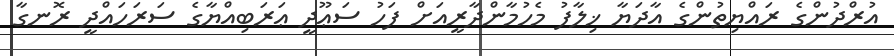
އުރްދުންގެ ރައްޔިތުންގެ އާދަޔާ ޚިލާފު މެހުމާންދާރީއަށް ފަހު ސަޢޫދީ ޢަރަބިއްޔާގެ ސަރަހައްދީ ރޮނގާ